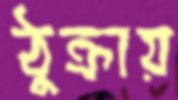
ঠুক্‌রায়